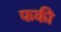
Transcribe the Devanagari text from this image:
फकी